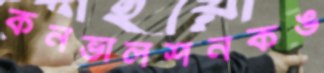
কনভালশনকঙ